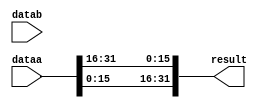
// datab unused

module perm1(dataa, datab, result);
	input [31:0] dataa, datab;
	output [31:0] result;

	assign result = {dataa[15:0], dataa[31:16]};

endmodule